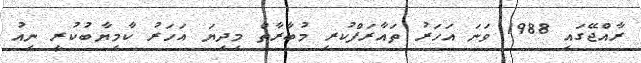
ރާއްޖޭގައި 1988 ވަނަ އަހަރު ތައާރަފްކުރި މުބާރާތް މިދިޔަ އަހަރު ކާމިޔާބުކުރީ ނިއު